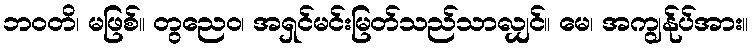
ဘဝတိ၊ မဖြစ်။ တွညေဝ၊ အရှင်မင်းမြတ်သည်သာလျှင်။ မေ၊ အကျွန်ုပ်အား။